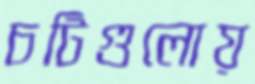
চটিগুলোয়